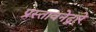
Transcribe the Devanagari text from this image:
प्रस्तावनेद्वारे